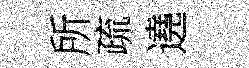
所疏遶